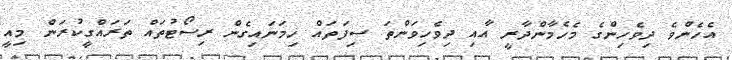
އެހެންވެ ދިވެހިންގެ މެހެމާންދާރީ އާއި ދިވެހިވަންތަ ސިފަތައް ހިމަނައިގެން ރިސޯޓުތައް ތަރައްގީކުރަން މިއީ